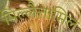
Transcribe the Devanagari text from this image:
पिल्लैत्तामिल